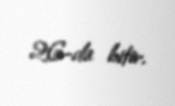
26-da bitir.